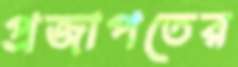
প্রজাপতের